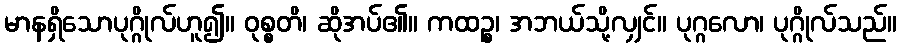
မာနရှိသောပုဂ္ဂိုလ်ဟူ၍။ ဝုစ္စတိ၊ ဆိုအပ်၏။ ကထဉ္စ၊ အဘယ်သို့လျှင်။ ပုဂ္ဂလော၊ ပုဂ္ဂိုလ်သည်။